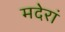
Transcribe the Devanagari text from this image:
मदेरां